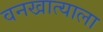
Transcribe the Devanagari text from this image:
वनखात्याला